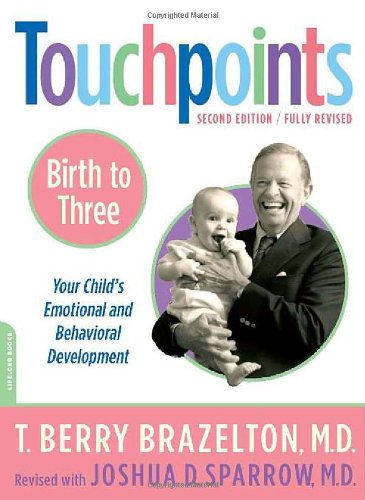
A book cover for Touchpoints-Birth to Three; T. Berry Brazelton; Parenting & Relationships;